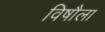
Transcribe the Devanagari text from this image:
विषौला